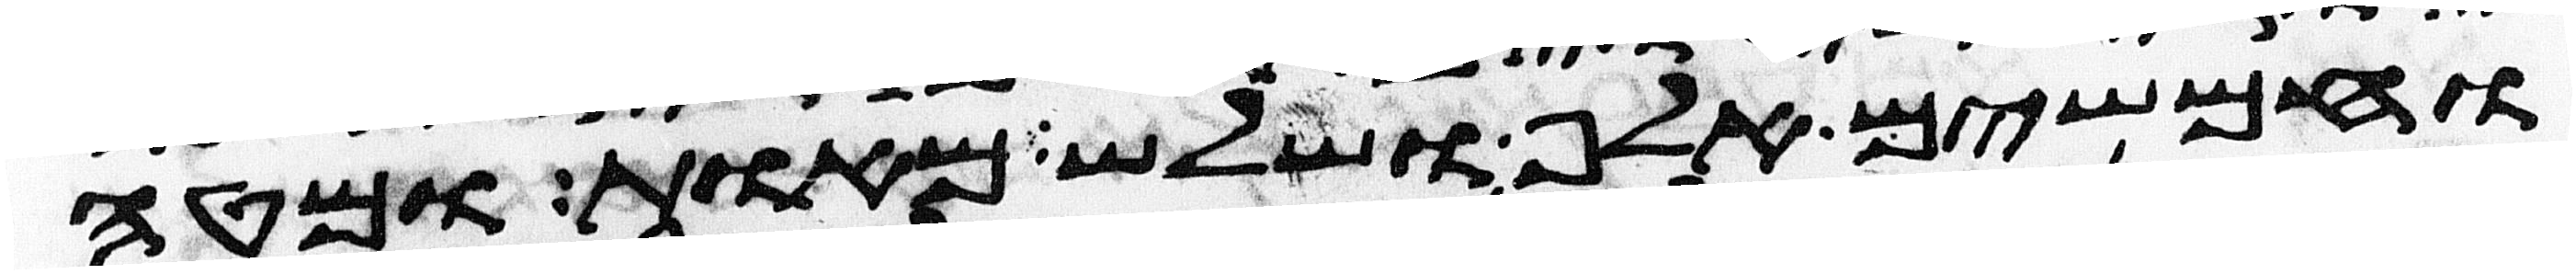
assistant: וחמשים אלף ושלש מאות ומטה